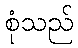
စုံသည်